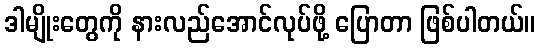
ဒါမျိုးတွေကို နားလည်အောင်လုပ်ဖို့ ပြောတာ ဖြစ်ပါတယ်။